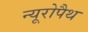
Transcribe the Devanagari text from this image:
न्यूरोपैथ